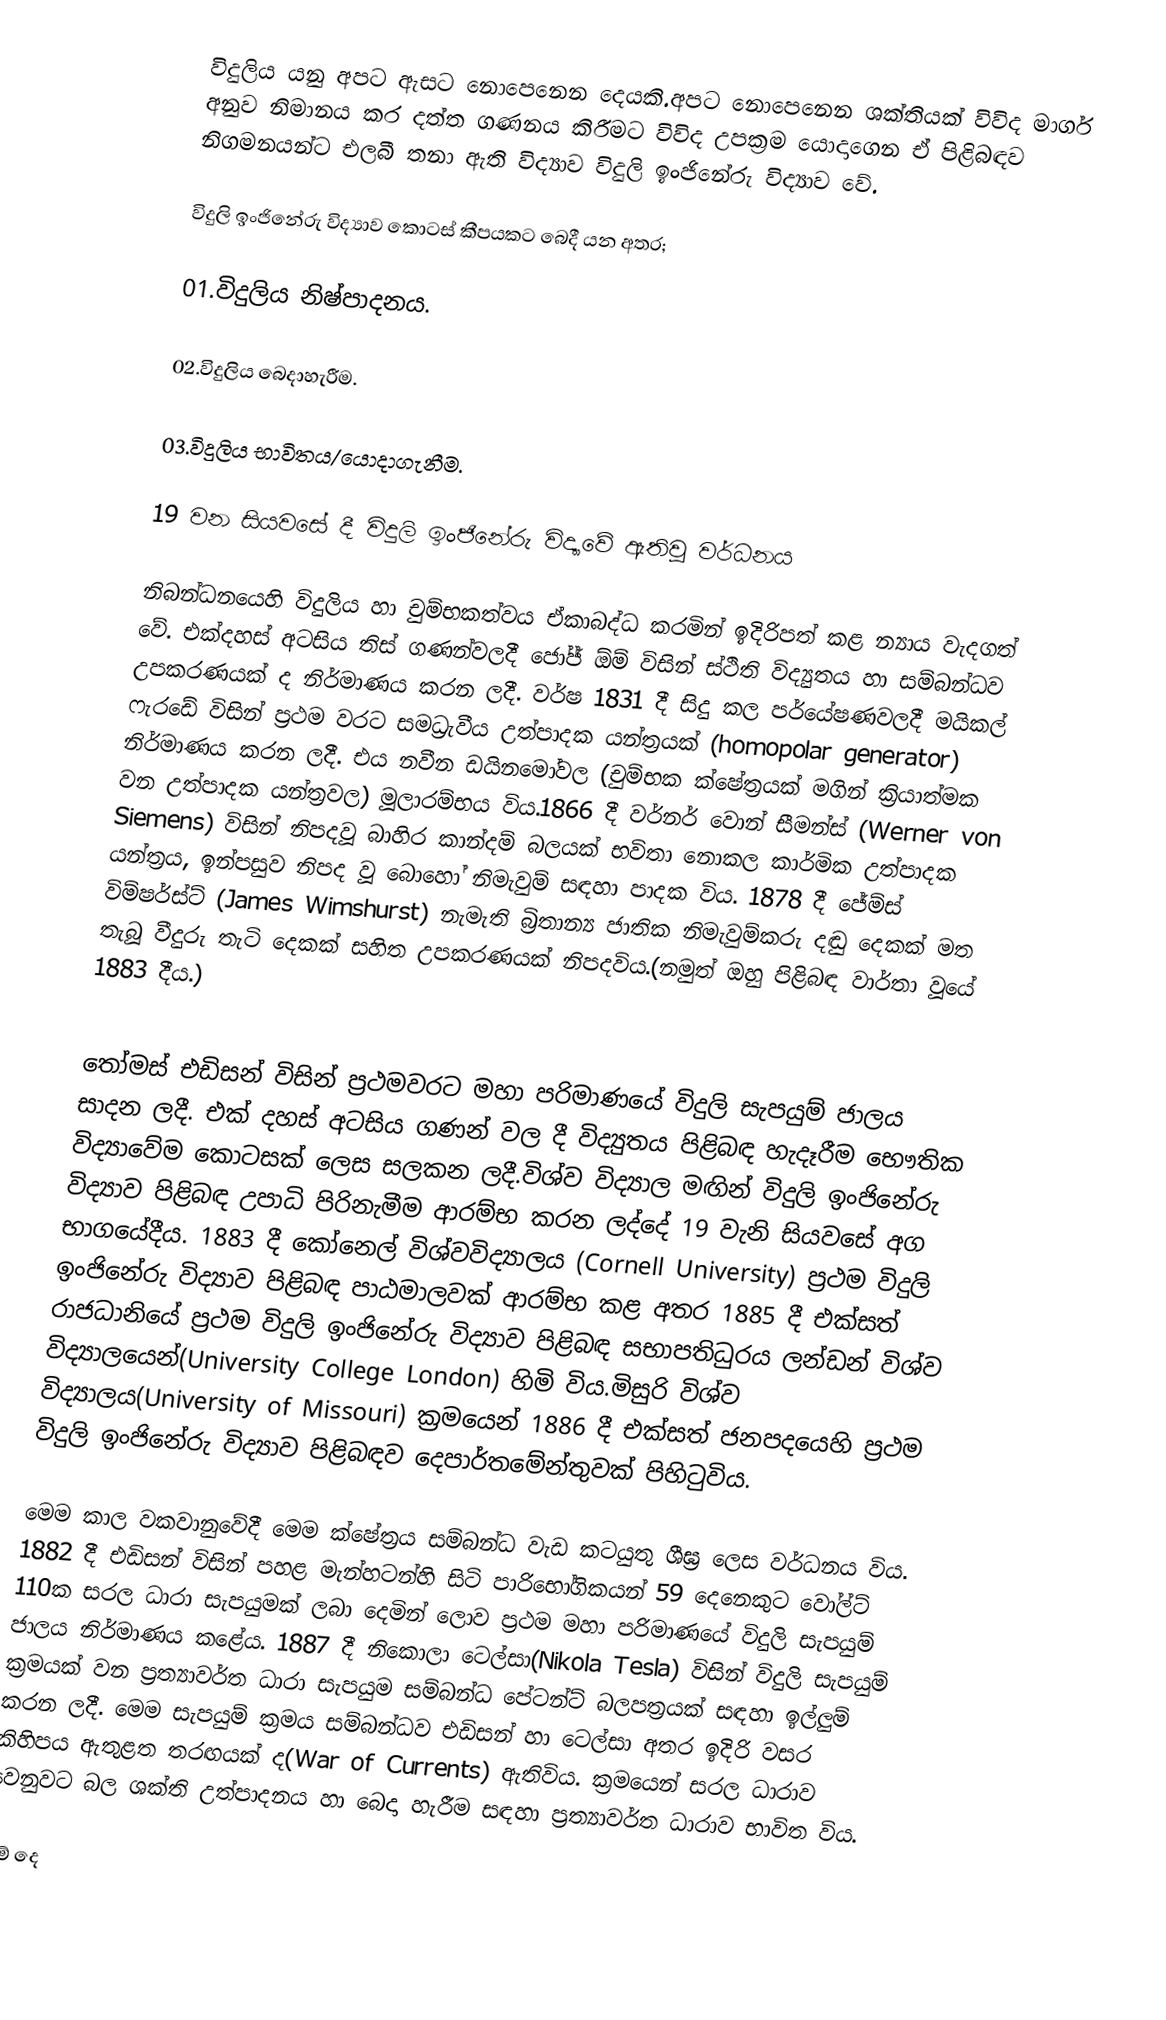
විදුලිය යනු අපට ඇසට නොපෙනෙන දෙයකි.අපට නොපෙනෙන ශක්තියක් විවිද මාර්ග අනුව නිමානය කර දත්ත ගණනය කිරීමට විවිද උපක්‍රම යොදාගෙන ඒ පිළිබඳව නිගමනයන්ට එලබී තනා ඇති විද්‍යාව විදුලි ඉංජිනේරු විද්‍යාව වේ.

විදුලි ඉංජිනේරු විද්‍යාව කොටස් කීපයකට බෙදී යන අතර;

01.විදුලිය නිෂ්පාදනය.

02.විදුලිය බෙදාහැරීම.

03.විදුලිය භාවිතය/යොදාගැනීම.

19 වන සියවසේ දී විදුලි ඉංජිනේරු විද්‍යාවේ ඇතිවූ වර්ධනය

නිබන්ධනයෙහි විදුලිය හා චුම්භකත්වය ඒකාබද්ධ කරමින් ඉදිරිපත් කළ න්‍යාය වැදගත් වේ. එක්දහස් අටසිය තිස් ගණන්වලදී ජෝජ් ඕම් විසින් ස්ථිති විද්‍යුතය හා සම්බන්ධව උපකරණයක් ද නිර්මාණය කරන ලදී. වර්ෂ 1831 දී සිදු කල පර්යේෂණවලදී මයිකල් ෆැරඩේ විසින් ප්‍රථම වරට සමධ්‍රැවීය උත්පාදක යන්ත්‍රයක් (homopolar generator) නිර්මාණය කරන ලදී. එය නවීන ඩයිනමෝවල (චුම්භක ක්ෂේත්‍රයක් මගින් ක්‍රියාත්මක වන උත්පාදක යන්ත්‍රවල) මූලාරම්භය විය.1866 දී වර්නර් වොන් සීමන්ස් (Werner von Siemens) විසින් නිපදවූ බාහිර කාන්දම් බලයක් භවිතා නොකල කාර්මික උත්පාදක යන්ත්‍රය, ඉන්පසුව නිපද වූ බොහෝ නිමැවුම් සඳහා පාදක විය. 1878 දී ජේම්ස් විම්ෂර්ස්ට් (James Wimshurst) නැමැති බ්‍රිතාන්‍ය ජාතික නිමැවුම්කරු දඬු දෙකක් මත තැබූ වීදුරු තැටි දෙකක් සහිත උපකරණයක් නිපදවිය.(නමුත් ඔහු පිළිබඳ වාර්තා වූයේ 1883 දීය.)

තෝමස් එඩිසන් විසින් ප්‍රථමවරට මහා පරිමාණයේ විදුලි සැපයුම් ජාලය සාදන ලදී. එක් දහස් අටසිය ගණන් වල දී විද්‍යුතය පිළිබඳ හැදෑරීම භෞතික විද්‍යාවේම කොටසක් ලෙස සලකන ලදී.විශ්ව විද්‍යාල මඟින් විදුලි ඉංජිනේරු විද්‍යාව පිළිබඳ උපාධි පිරිනැමීම ආරම්භ කරන ලද්දේ 19 වැනි සියවසේ අග භාගයේදීය. 1883 දී කෝනෙල් විශ්වවිද්‍යාලය (Cornell University) ප්‍රථම විදුලි ඉංජිනේරු විද්‍යාව පිළිබඳ පාඨමාලවක් ආරම්භ කළ අතර 1885 දී එක්සත් රාජධානියේ ප්‍රථම විදුලි ඉංජිනේරු විද්‍යාව පිළිබඳ සභාපතිධුරය ලන්ඩන් විශ්ව විද්‍යාලයෙන්(University College London) හිමි විය.මිසුරි විශ්ව විද්‍යාලය(University of Missouri) ක්‍රමයෙන් 1886 දී එක්සත් ජනපදයෙහි ප්‍රථම විදුලි ඉංජිනේරු විද්‍යාව පිළිබඳව දෙපාර්තමේන්තුවක් පිහිටුවිය.

මෙම කාල වකවානුවේදී මෙම ක්ෂේත්‍රය සම්බන්ධ වැඩ කටයුතු ශීඝ්‍ර ලෙස වර්ධනය විය. 1882 දී එඩිසන් විසින් පහළ මැන්හටන්හි සිටි පාරිභෝගිකයන් 59 දෙනෙකුට වෝල්ට් 110ක සරල ධාරා සැපයුමක් ලබා දෙමින් ලොව ප්‍රථම මහා පරිමාණයේ විදුලි සැපයුම් ජාලය නිර්මාණය කළේය. 1887 දී නිකොලා ටෙල්සා(Nikola Tesla) විසින් විදුලි සැපයුම් ක්‍රමයක් වන ප්‍රත්‍යාවර්ත ධාරා සැපයුම සම්බන්ධ පේටන්ට් බලපත්‍රයක් සඳහා ඉල්ලුම් කරන ලදී. මෙම සැපයුම් ක්‍රමය සම්බන්ධව එඩිසන් හා ටෙල්සා අතර ඉදිරි වසර කිහිපය ඇතුළත තරඟයක් ද(War of Currents) ඇතිවිය. ක්‍රමයෙන් සරල ධාරාව වෙනුවට බල ශක්ති උත්පාදනය හා බෙදා හැරීම සඳහා ප්‍රත්‍යාවර්ත ධාරාව භාවිත විය.

මේ දෙ